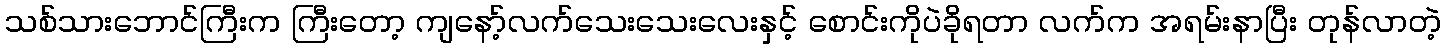
သစ်သားဘောင်ကြီးက ကြီးတော့ ကျနော့်လက်သေးသေးလေးနှင့် စောင်းကိုပဲခိုရတာ လက်က အရမ်းနာပြီး တုန်လာတဲ့